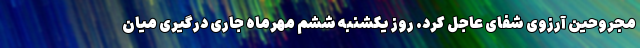
مجروحین آرزوی شفای عاجل کرد. روز یکشنبه ششم مهرماه جاری درگیری میان